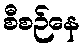
စီစဉ်နေ